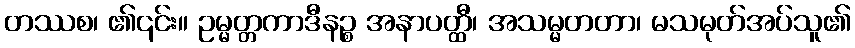
တဿစ၊ ၏၎င်း။ ဥမ္မတ္တကာဒီနဉ္စ အနာပတ္ထီ၊ အသမ္မတတာ၊ မသမုတ်အပ်သူ၏